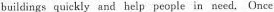
buildings quickly and help people in need. Once